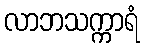
လာဘသက္ကာရံ